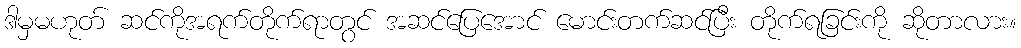
ဒါမှမဟုတ် ဆင်ကိုအရက်တိုက်ရာတွင် အဆင်ပြေအောင် မောင်းတက်ဆင်ပြီး တိုက်ရခြင်းကို ဆိုတာလား။